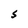
Character: S